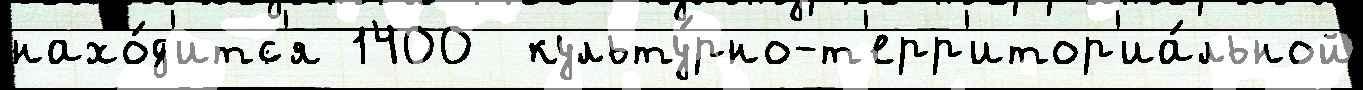
нахо́д'итс'я 1400  культу́рно-т'ерр'итор'иа́льной